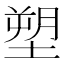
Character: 塑